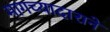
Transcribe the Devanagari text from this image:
मागच्यादाराने